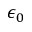
\epsilon _ { 0 }